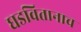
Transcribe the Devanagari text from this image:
घडवितानाच